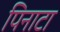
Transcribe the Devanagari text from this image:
पिनाटा